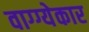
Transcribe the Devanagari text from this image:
वाग्ग्येकार